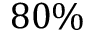
8 0 \%